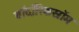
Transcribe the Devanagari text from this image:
बॉदॉरिकस्रॉम